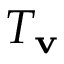
T _ { \mathbf { v } }